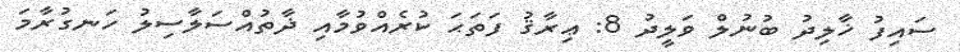
ސައިފު ޚާލިދު ބުނުލް ވަލީދު 8: ޢިރާޤު ފަތަޙަ ކުރެއްވުމާއި ޛާތުއްސަލާސިލު ހަނގުރާމަ